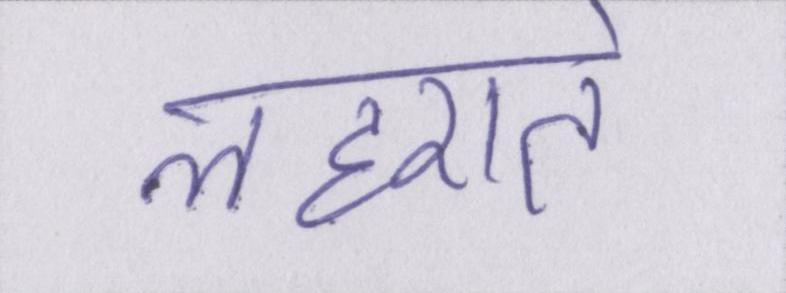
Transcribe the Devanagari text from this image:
लहराते